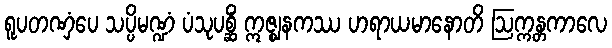
ရူပတဏှံပေ သပ္ပိမဏ္ဍံ ပံသုပစ္ဆိံ ဣဇ္ဈနကဿ ဟရာယမာနောတိ ဩက္ကန္တကာလေ